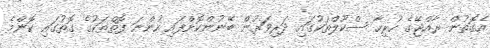
އެގޮތުން ރާއްޖޭގެ ހުރިހާ ސްކޫލްތަކުގައި ދަރިވަރުން ބޭނުންކޮށްފައި ހުންނަ ފޮތްތަކުގެ ގޮތުގައި ކޮންމެ